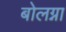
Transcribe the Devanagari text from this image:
बोलग्ना